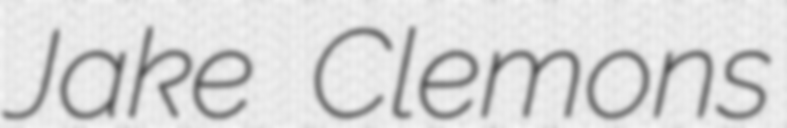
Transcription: Jake Clemons